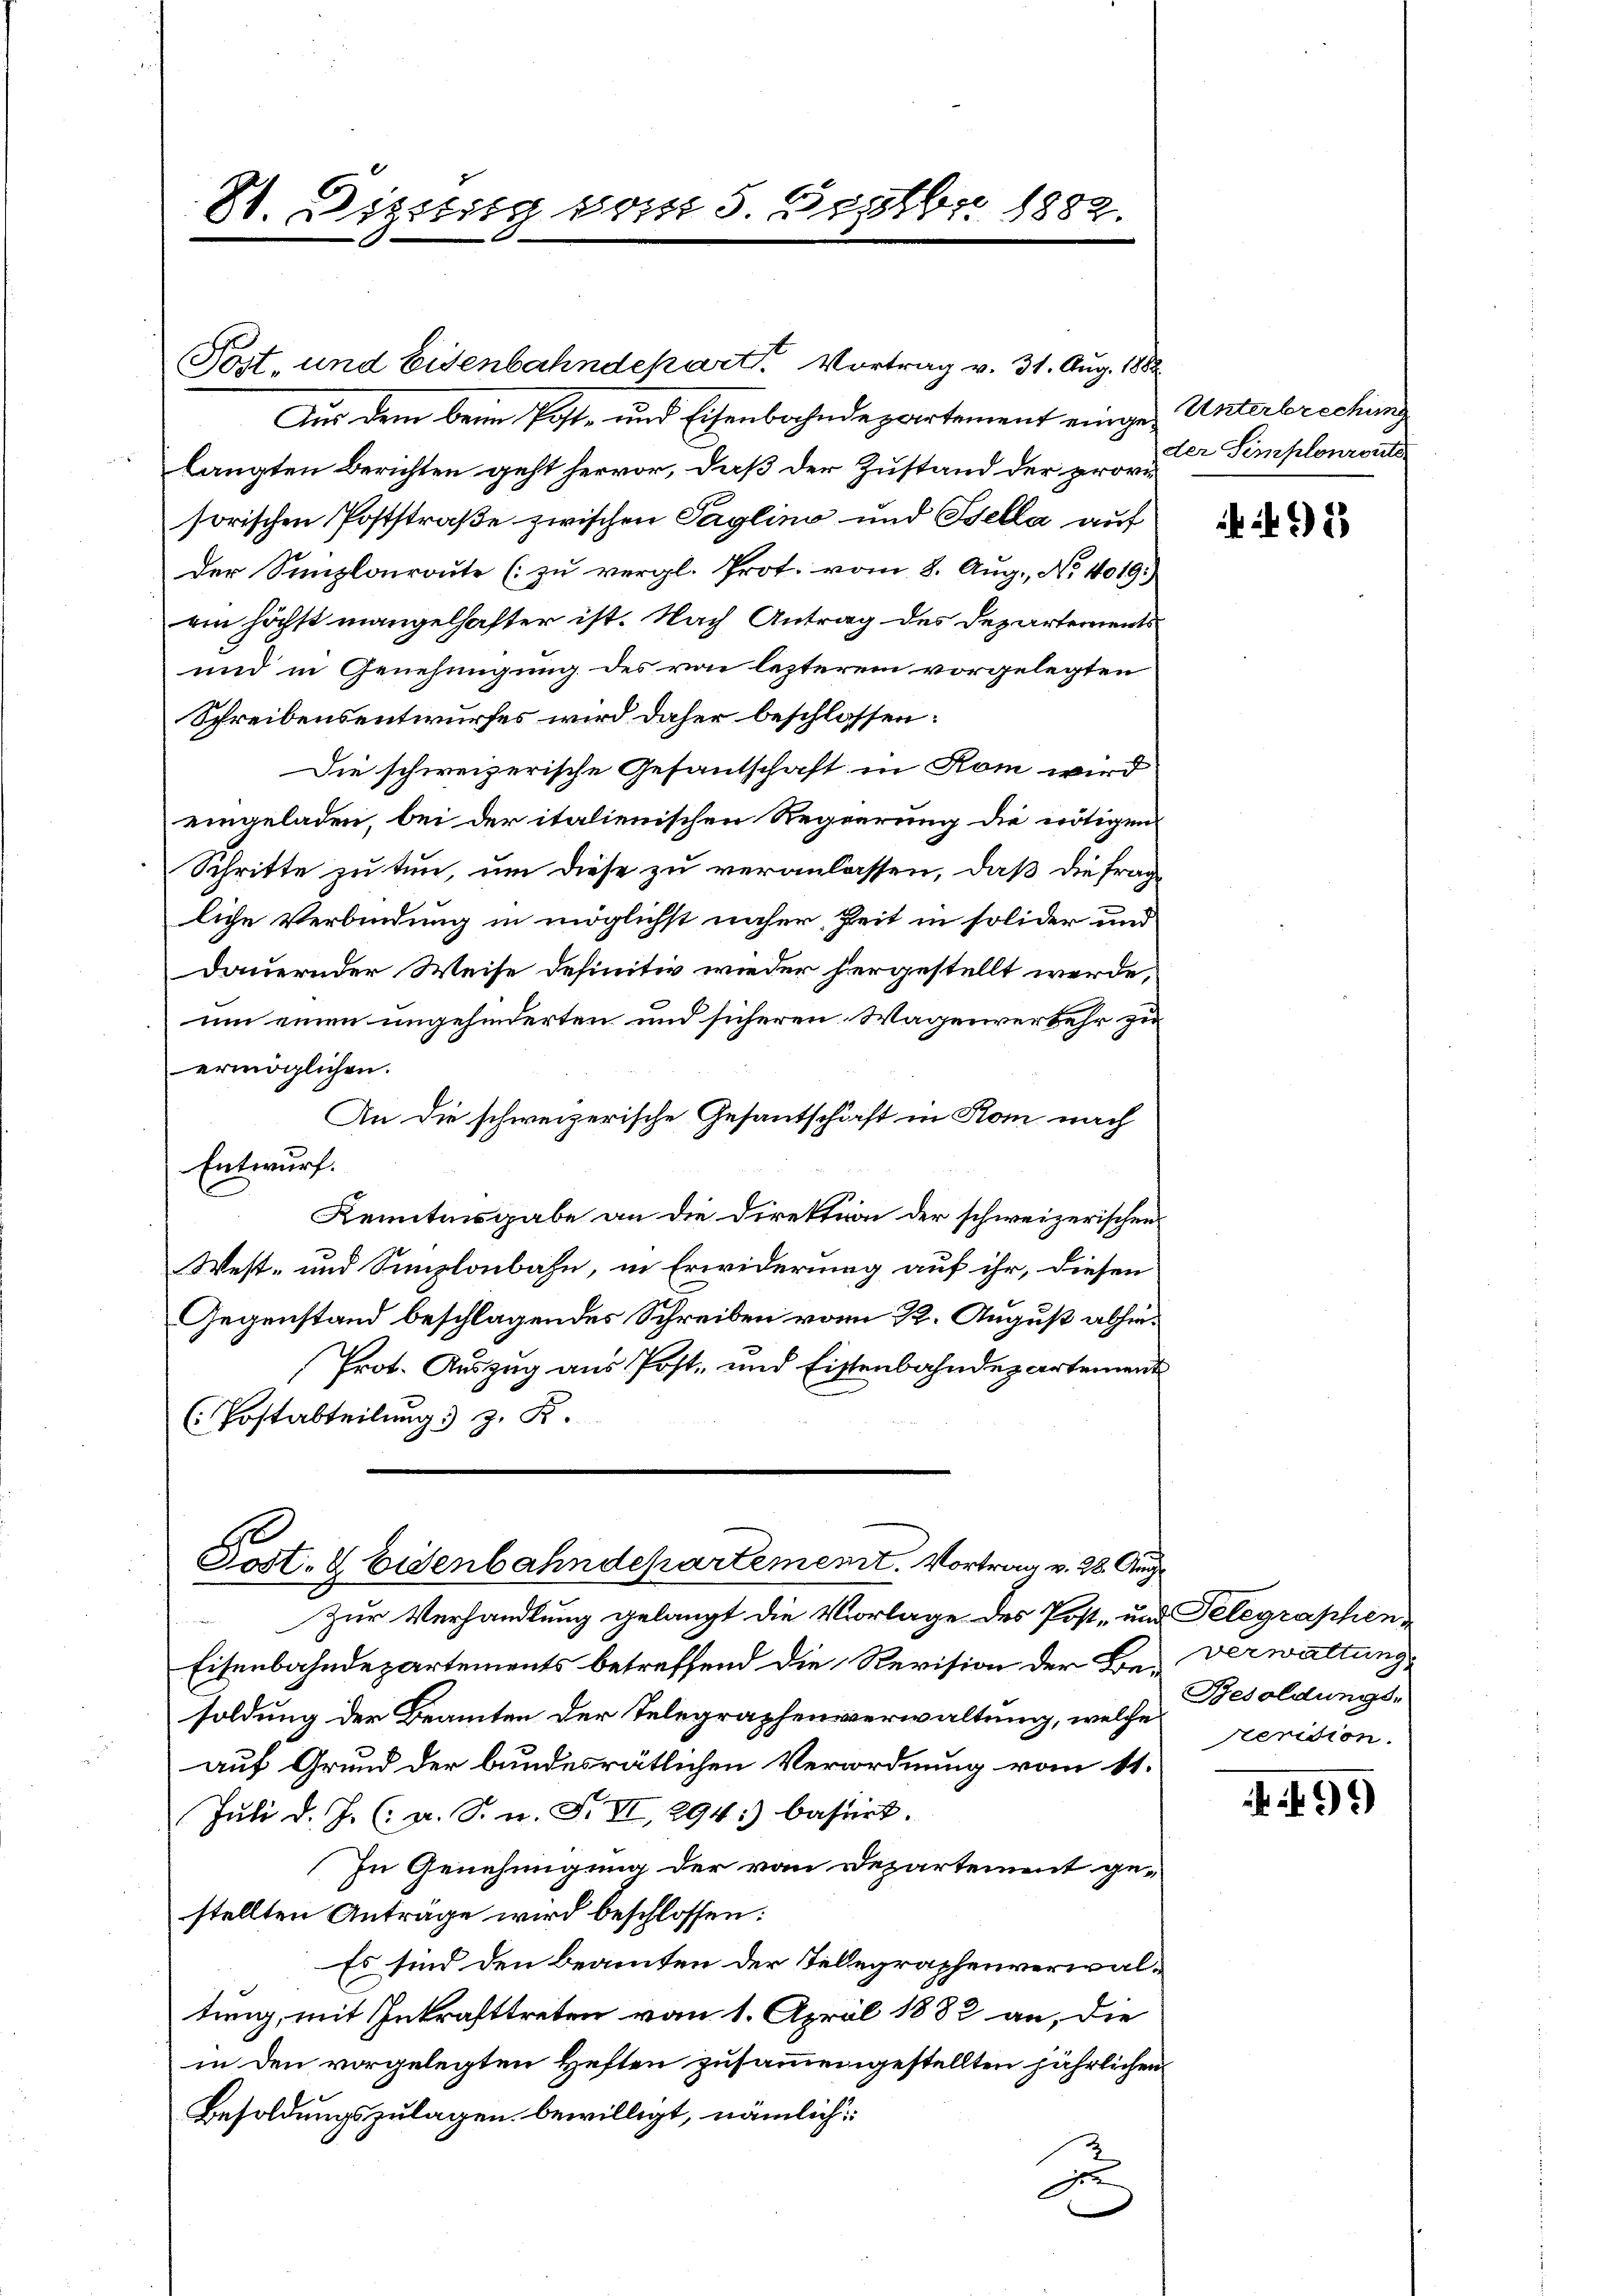
Post, und Eisenbahndepart. Vortrag v. 31. Aug. 1882
Aus dem beim Post- und Eisenbahndepartement einges Unterbrechung
langten Berichten geht hervor, daß der Zustand der provisorischen Poststraße zwischen Taglino und Sella auf
der Sanzlonroute (zu vergl. Prot. vom 8. Aug., No. 4019.)
ein höchst mangelhafter ist. Nach Antrag des Departements
und in Genehmigung des von lezterem vorgelegten
Schreibensentwurfes wird daher beschlossen:
Die schweizerische Gesantschaft in Rom wird
eingeladen, bei der italienischen Regierung die nötigen
Schritte zu tun, um diese zu veranlassen, daß die frag
liche Verbindung in möglichst näher Zeit in solider und
dauernder Weise definitiv wieder hergestellt werde,
um einen ungehinderten und sicheren Wagenverkehr zu
ermöglichen.
An die schweizerische Gesantschäft in Rom nach
Entwurf.
Kenntnisgabe an die Direktion der schweizerischen
West- und Simplonbahn, in Erwiderung auf ihr, diesen
Gegenstand beschlagendes Schreiben vom 22. August abhin¬
Prot. Auszug aus Post- und Eistenbahndepartement
(Postabteilung z. B.

St. Disserig vom 5. Septbr. 1882.

Post- & Eisenbahndepartement. Vortrag v. 28. Aug

Zur Verhandlung gelangt die Vorlage des Post- und Telegraphen-
d
Eisenbahndepartements betreffend die Revision der Be- Verwaltung
soldung der Beamten der Telegraphensverwaltung, welche
auf Grund der bundesrätlichen Verordnung vom 11.
Juli d. J. (: a. S. n. F. VI, 294:) basirt.
In Genehmigung der von Departement ge-
stellten Anträge wird beschlossen:
Es sind den Beamten der Telegraphenverwaltung, mit Inkrafttreten vom 1. April 1882 an, die
in den vorgelegten Heften zusammengestellten jährlichen
Besoldungszulagen bewilligt, nämlich:
z

der Simplonroute

2

Besoldungs-
rerision.

491)